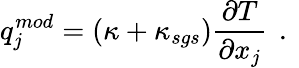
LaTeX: {q}_{j}^{mod}=\left(\kappa+{\kappa}_{sgs}\right)\frac{\partial T}{\partial x_{j}}\, \mathrm{~.~}